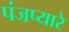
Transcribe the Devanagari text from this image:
पंजप्यारे